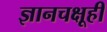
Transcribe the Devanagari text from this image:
ज्ञानचक्षूही